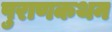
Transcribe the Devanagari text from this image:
पुराणकथन